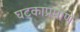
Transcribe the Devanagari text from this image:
घटकाप्रमाणे